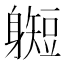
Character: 𫏰